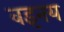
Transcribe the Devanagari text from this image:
वइनय